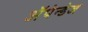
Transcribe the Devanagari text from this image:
अॅपेन्डेज